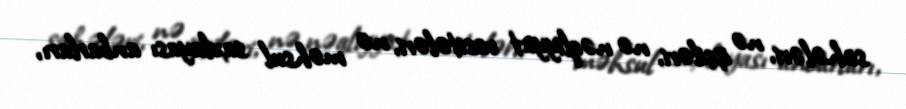
sahələri, nə işçiləri, nə nəqliyyat vasitələri, nə məhsul saxlayası anbarları,